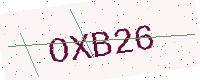
Text: OXB26